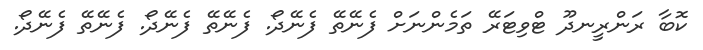
ކޮބާ ރަންރީނދޫ ޓްވިޓަރޭ ތަމެންނަށް ފެނޭތޭ ފެނޭދޯ. ފެނޭތޭ ފެނޭދޯ. ފެނޭތޭ ފެނޭދޯ.